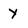
Character: Y